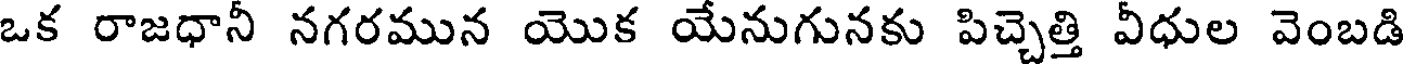
ఒక రాజధానీ నగరమున యొక యేనుగునకు పిచ్చెత్తి వీధుల వెంబడి